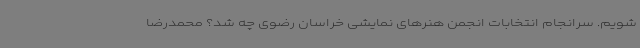
شویم. سرانجام انتخابات انجمن هنرهای نمایشی خراسان رضوی چه شد؟ محمدرضا